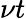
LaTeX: \nu t